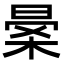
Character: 𣈎